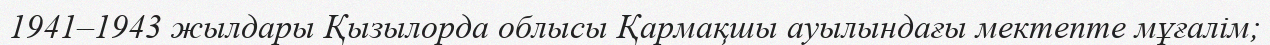
1941–1943 жылдары Қызылорда облысы Қармақшы ауылындағы мектепте мұғалім;